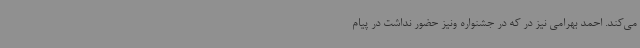
می‌کند. احمد بهرامی نیز در که در جشنواره ونیز حضور نداشت در پیام